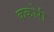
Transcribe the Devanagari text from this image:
ककोरी